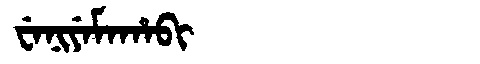
Manchu: ᠸᡝᠨᡳᠶᡝᠮᠠᡥᠠᠪᡳ
Romanization: WENIYEMAHABI